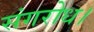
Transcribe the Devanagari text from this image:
संगरोध।